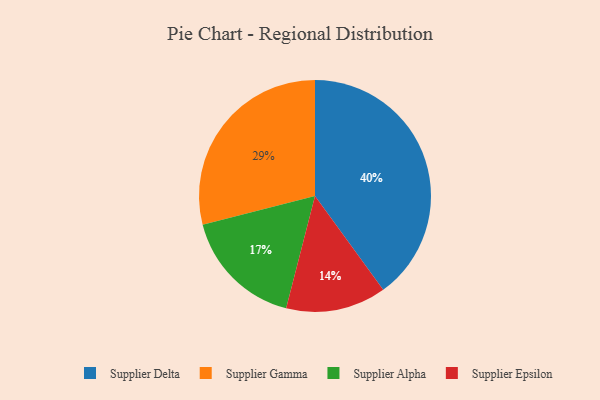
{"axis": {"x": "Category", "y": "Percentage"}, "legend": ["Supplier Alpha", "Supplier Delta", "Supplier Epsilon", "Supplier Gamma"], "data": [{"x": "Supplier Gamma", "y": 29, "type": "Supplier Gamma"}, {"x": "Supplier Delta", "y": 40, "type": "Supplier Delta"}, {"x": "Supplier Epsilon", "y": 14, "type": "Supplier Epsilon"}, {"x": "Supplier Alpha", "y": 17, "type": "Supplier Alpha"}]}